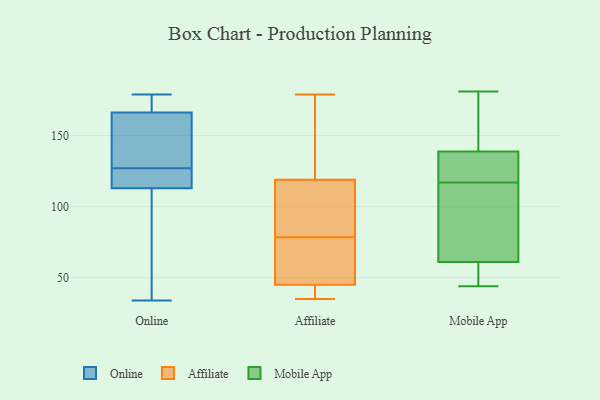
{"axis": {"x": "Energy Usage (MWh)", "y": "Value"}, "legend": ["Affiliate", "Mobile App", "Online"], "data": [{"x": "", "y": 179, "type": "Online"}, {"x": "", "y": 101, "type": "Online"}, {"x": "", "y": 119, "type": "Online"}, {"x": "", "y": 174, "type": "Online"}, {"x": "", "y": 117, "type": "Online"}, {"x": "", "y": 34, "type": "Online"}, {"x": "", "y": 78, "type": "Online"}, {"x": "", "y": 127, "type": "Online"}, {"x": "", "y": 117, "type": "Online"}, {"x": "", "y": 170, "type": "Online"}, {"x": "", "y": 165, "type": "Online"}, {"x": "", "y": 152, "type": "Online"}, {"x": "", "y": 128, "type": "Online"}, {"x": "", "y": 179, "type": "Affiliate"}, {"x": "", "y": 35, "type": "Affiliate"}, {"x": "", "y": 70, "type": "Affiliate"}, {"x": "", "y": 45, "type": "Affiliate"}, {"x": "", "y": 87, "type": "Affiliate"}, {"x": "", "y": 39, "type": "Affiliate"}, {"x": "", "y": 67, "type": "Affiliate"}, {"x": "", "y": 119, "type": "Affiliate"}, {"x": "", "y": 101, "type": "Affiliate"}, {"x": "", "y": 119, "type": "Affiliate"}, {"x": "", "y": 121, "type": "Mobile App"}, {"x": "", "y": 61, "type": "Mobile App"}, {"x": "", "y": 49, "type": "Mobile App"}, {"x": "", "y": 143, "type": "Mobile App"}, {"x": "", "y": 44, "type": "Mobile App"}, {"x": "", "y": 181, "type": "Mobile App"}, {"x": "", "y": 117, "type": "Mobile App"}, {"x": "", "y": 61, "type": "Mobile App"}, {"x": "", "y": 104, "type": "Mobile App"}, {"x": "", "y": 175, "type": "Mobile App"}, {"x": "", "y": 126, "type": "Mobile App"}]}